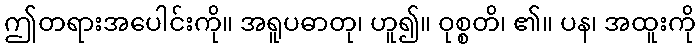
ဤတရားအပေါင်းကို။ အရူပဓာတု၊ ဟူ၍။ ဝုစ္စတိ၊ ၏။ ပန၊ အထူးကို